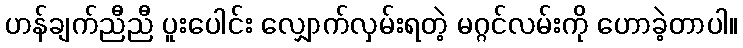
ဟန်ချက်ညီညီ ပူးပေါင်း လျှောက်လှမ်းရတဲ့ မဂ္ဂင်လမ်းကို ဟောခဲ့တာပါ။